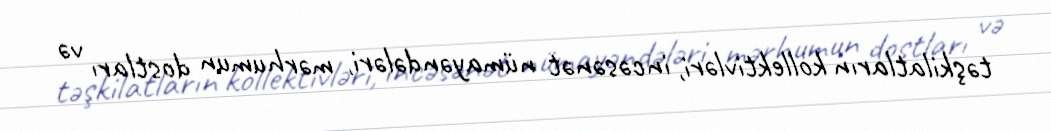
təşkilatların kollektivləri, incəsənət nümayəndələri, mərhumun dostları və